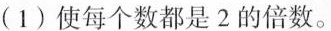
（1）使每个数都是2的倍数。